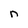
Character: n